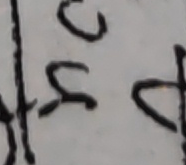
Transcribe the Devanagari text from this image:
उ स